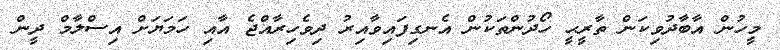
މީހުން އާބާދުވިކަން ތާރީޙީ ހޯދުންތަކުން އެނގިފައިވާއިރު ދިވެހިރާއްޖެ އާއި ހަމަޔަށް އިސްލާމް ދީން